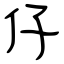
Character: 仔